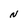
Character: N